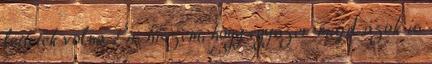
lettetek volna. És hiszem, hogy egyszer majd azok is